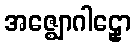
အဇ္ဈောဂါဠှော